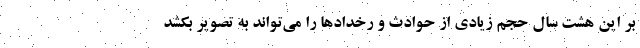
بر این هشت سال حجم زیادی از حوادث و رخدادها را می‌تواند به تصویر بکشد